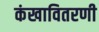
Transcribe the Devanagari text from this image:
कंखावितरणी